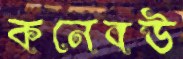
কনেবউ